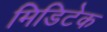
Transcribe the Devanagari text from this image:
मिडिटेक